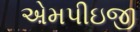
એમપીઇજી